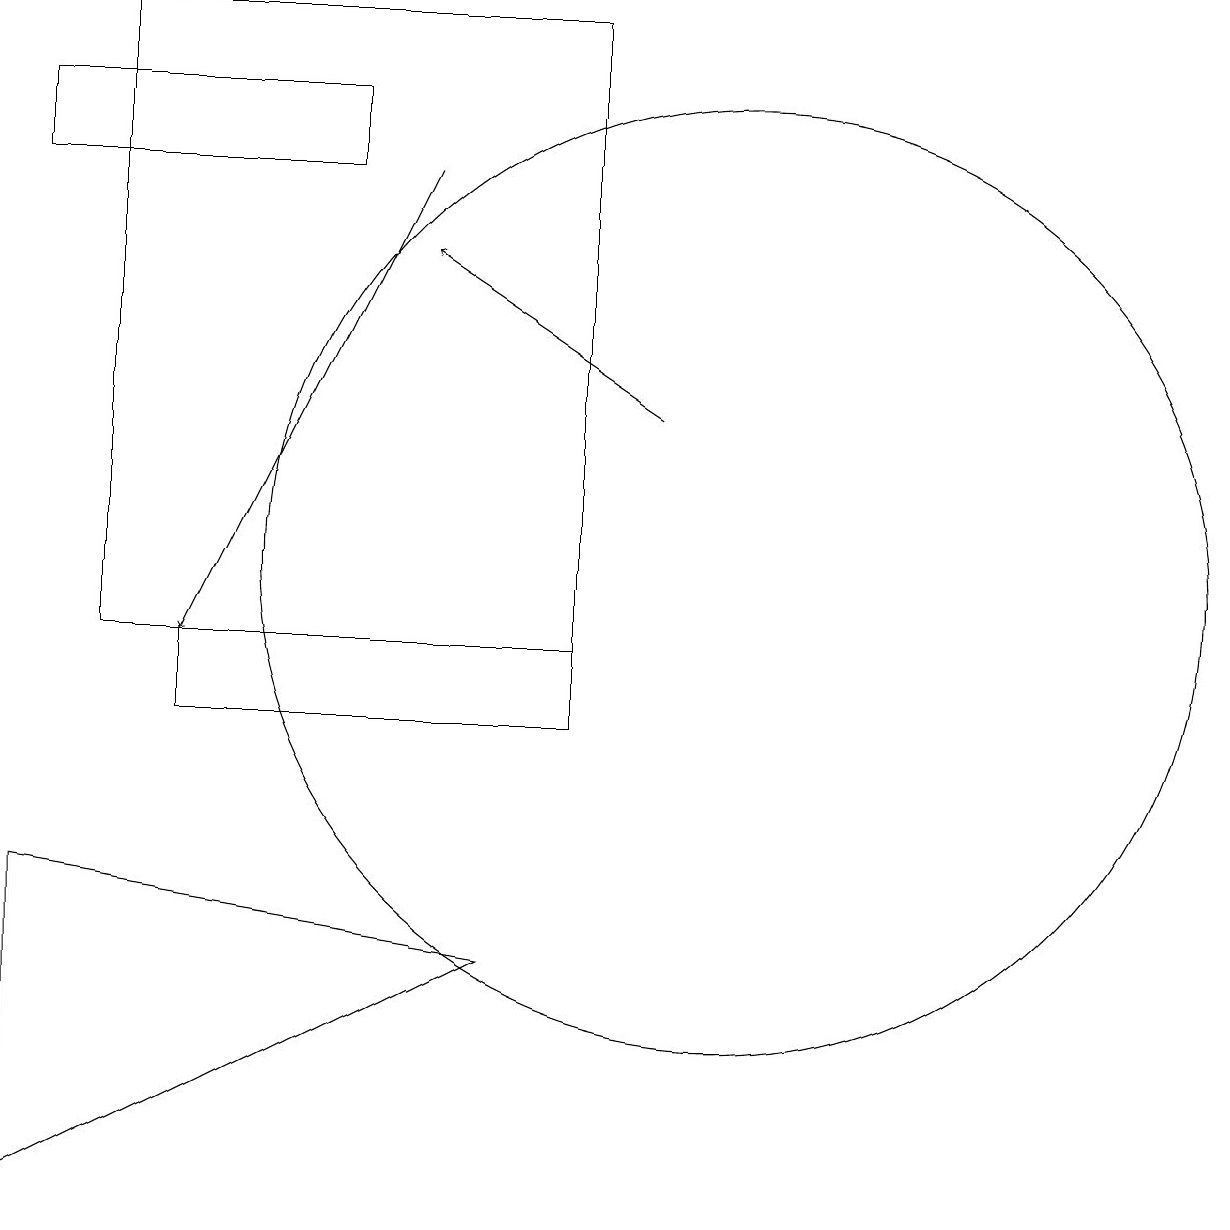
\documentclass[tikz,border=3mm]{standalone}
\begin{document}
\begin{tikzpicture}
\draw (10,12) circle (6);
\draw (5,17) rectangle (1,18);
\draw (3,11) rectangle (8,10);
\draw[->] (6,17) -- (3,11);
\draw[->] (9,14) -- (6,16);
\draw (7,7) -- (1,4) -- (1,8) -- cycle;
\draw (2,19) rectangle (8,11);
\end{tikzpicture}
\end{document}